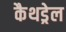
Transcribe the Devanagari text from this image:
कैथड्रेल